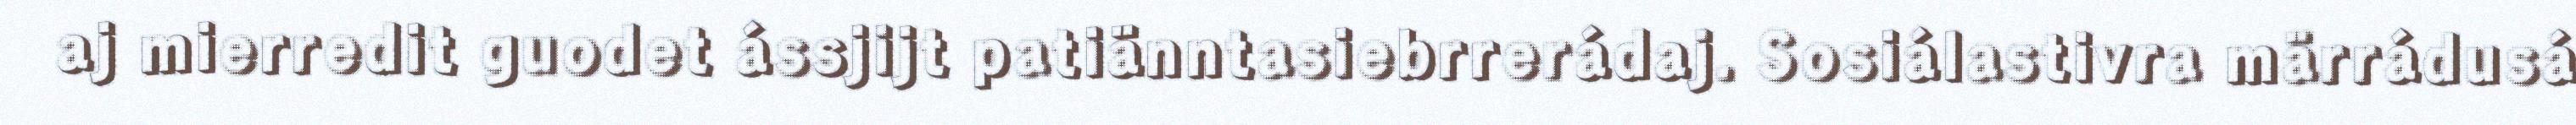
aj mierredit guodet ássjijt patiänntasiebrrerádaj. Sosiálastivra märrádusá